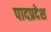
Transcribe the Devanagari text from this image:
पादप्रदेश